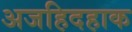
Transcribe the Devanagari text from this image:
अजहिदहाक